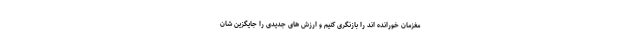
مغزمان خورانده اند را بازنگری کنیم و ارزش های جدیدی را جایگزین شان